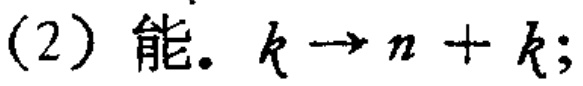
(2) 能。$k\rightarrow n + k;$